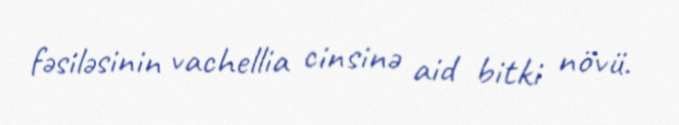
fəsiləsinin vachellia cinsinə aid bitki növü.